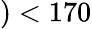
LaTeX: )<170